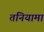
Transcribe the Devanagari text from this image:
तनियामा